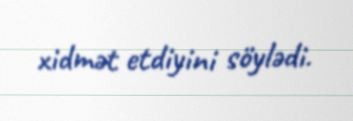
xidmət etdiyini söylədi.